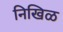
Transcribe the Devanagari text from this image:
निखिळ